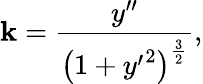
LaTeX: \mathbf{k}={\frac{{y^{\prime\prime}}}{{\left(1+{y^{\prime}}^{2}\right)^{\frac{{3}}{{2}}}}}},